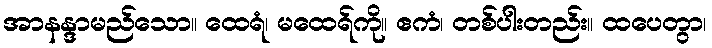
အာနန္ဒာမည်သော။ ထေရံ၊ မထေရ်ကို။ ဧကံ၊ တစ်ပါးတည်း။ ထပေတွာ၊